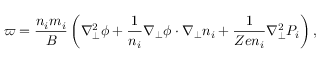
\varpi = \frac { n _ { i } m _ { i } } { B } \left( \nabla _ { \perp } ^ { 2 } \phi + \frac { 1 } { n _ { i } } \boldsymbol { \nabla } _ { \perp } \phi \cdot \boldsymbol { \nabla _ { \perp } } n _ { i } + \frac { 1 } { Z e n _ { i } } \nabla _ { \perp } ^ { 2 } P _ { i } \right) ,